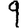
Digit: 9